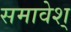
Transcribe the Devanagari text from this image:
समावेश्